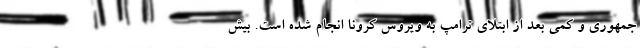
جمهوری و کمی بعد از ابتلای ترامپ به ویروس کرونا انجام شده است. بیش